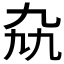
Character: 𫡤